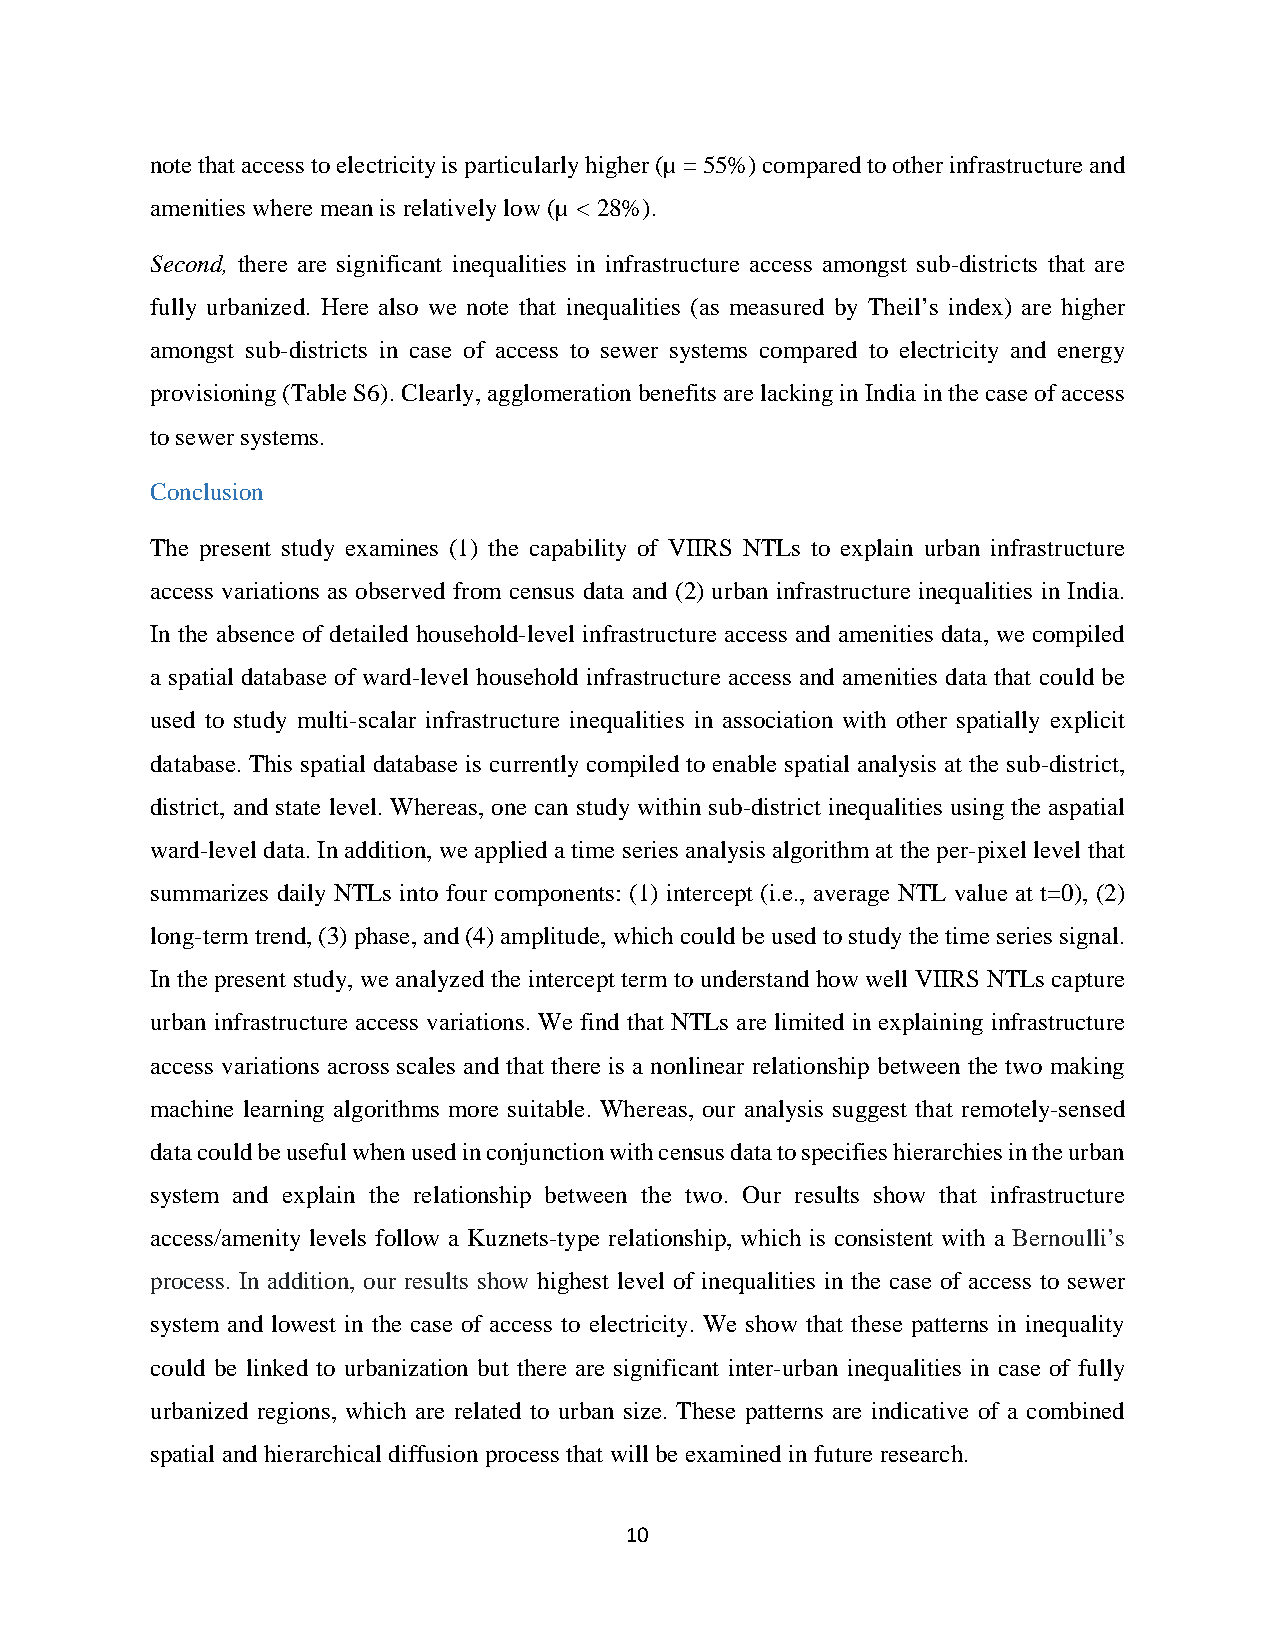
note that access to electricity is particularly higher (µ = 55%) compared to other infrastructure and
 amenities where mean is relatively low (µ < 28%).
 Second, there are significant inequalities in infrastructure access amongst sub-districts that are
 fully urbanized. Here also we note that inequalities (as measured by Theil’s index) are higher
 amongst sub-districts in case of access to sewer systems compared to electricity and energy
 provisioning (Table S6). Clearly, agglomeration benefits are lacking in India in the case of access
 to sewer systems.
 Conclusion
 The present study examines (1) the capability of VIIRS NTLs to explain urban infrastructure
 access variations as observed from census data and (2) urban infrastructure inequalities in India.
 In the absence of detailed household-level infrastructure access and amenities data, we compiled
 a spatial database of ward-level household infrastructure access and amenities data that could be
 used to study multi-scalar infrastructure inequalities in association with other spatially explicit
 database. This spatial database is currently compiled to enable spatial analysis at the sub-district,
 district, and state level. Whereas, one can study within sub-district inequalities using the aspatial
 ward-level data. In addition, we applied a time series analysis algorithm at the per-pixel level that
 summarizes daily NTLs into four components: (1) intercept (i.e., average NTL value at t=0), (2)
 long-term trend, (3) phase, and (4) amplitude, which could be used to study the time series signal.
 In the present study, we analyzed the intercept term to understand how well VIIRS NTLs capture
 urban infrastructure access variations. We find that NTLs are limited in explaining infrastructure
 access variations across scales and that there is a nonlinear relationship between the two making
 machine learning algorithms more suitable. Whereas, our analysis suggest that remotely-sensed
 data could be useful when used in conjunction with census data to specifies hierarchies in the urban
 system and explain the relationship between the two. Our results show that infrastructure
 access/amenity levels follow a Kuznets-type relationship, which is consistent with a Bernoulli’s
 process. In addition, our results show highest level of inequalities in the case of access to sewer
 system and lowest in the case of access to electricity. We show that these patterns in inequality
 could be linked to urbanization but there are significant inter-urban inequalities in case of fully
 urbanized regions, which are related to urban size. These patterns are indicative of a combined
 spatial and hierarchical diffusion process that will be examined in future research.
 10